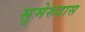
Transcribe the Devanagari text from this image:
सुमेरुदास